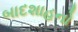
બાદશાહનો